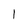
Character: l